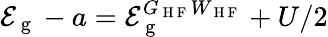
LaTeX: \mathcal{E}_{\mathrm{{~g~}}}-a=\mathcal{E}_{\mathrm{{~g~}}}^{G_{\mathrm{{~H~F~}}}W_{\mathrm{{~H~F~}}}}+U/2